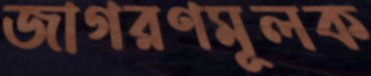
জাগরণমূলক